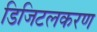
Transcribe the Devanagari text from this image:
डिजिटलकरण